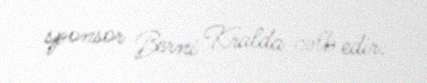
sponsor Berni Kralda cəlb edir.